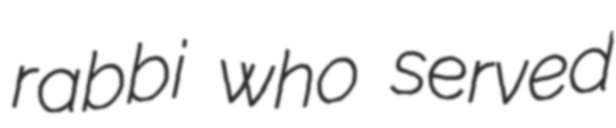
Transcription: rabbi who served